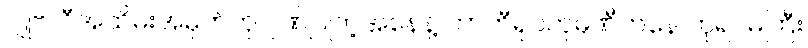
ဂျူဗလီအထိမ်းအမှတ်ကို ဂုဏ်ပြုတဲ့အနေနဲ့ ဘာဘီရုပ်ကုမ္ပဏီကနေ ဘုရင်မကြီး